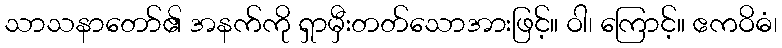
သာသနာတော်၏ အနက်ကို ရှာမှီးတတ်သောအားဖြင့်။ ဝါ၊ ကြောင့်။ ဧကဝိဓံ၊